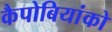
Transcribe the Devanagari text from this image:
कैपोबियांको